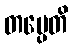
တပ္ပေတိ